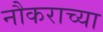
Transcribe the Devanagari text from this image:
नौकराच्या